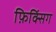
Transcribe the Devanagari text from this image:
फ़िक्सिंग